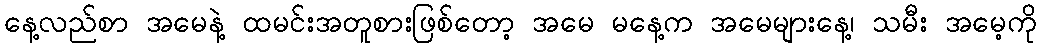
နေ့လည်စာ အမေနဲ့ ထမင်းအတူစားဖြစ်တော့ အမေ မနေ့က အမေများနေ့၊ သမီး အမေ့ကို